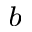
^ b